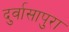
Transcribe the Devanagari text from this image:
दुर्वासापुरा